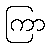
ကြာ